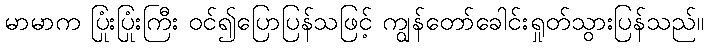
မာမာက ပြုံးပြုံးကြီး ဝင်၍ပြောပြန်သဖြင့် ကျွန်တော်ခေါင်းရှုတ်သွားပြန်သည်။